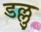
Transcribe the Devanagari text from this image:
डल्लु